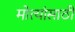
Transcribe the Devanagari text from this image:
मोत्यांसाठी